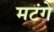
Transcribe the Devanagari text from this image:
मटंगे